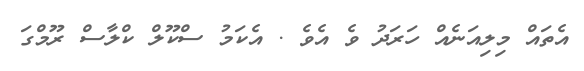
އެތައް މިލިއަނެއް ހަރަދު ވެ އެވެ . އެކަމު ސްކޫލް ކްލާސް ރޫމްގަ